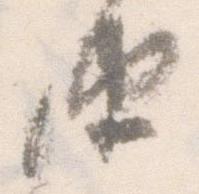
由